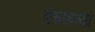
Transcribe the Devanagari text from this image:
पंचकन्यां